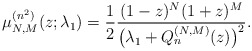
\begin{gather*} \mu _{N,M}^{(n^{2})}(z;\lambda _{1})=\frac{1}{2}\frac{( 1-z) ^{N}(1+z) ^{M}}{\big( \lambda _{1}+Q_{n}^{( N,M) }(z) \big) ^{2}}.\end{gather*}